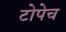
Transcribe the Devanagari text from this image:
टोपेच